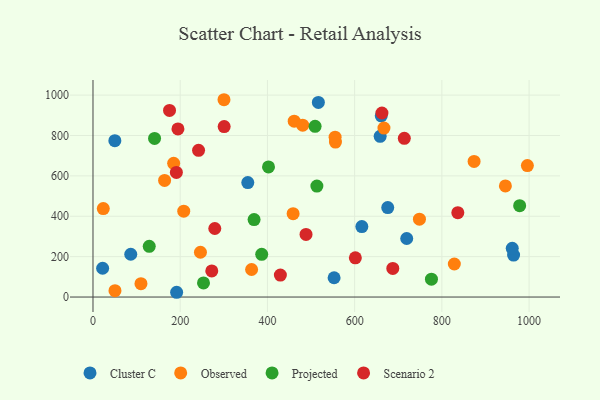
{"axis": {"x": "Distance", "y": "Rating"}, "legend": ["Cluster C", "Observed", "Projected", "Scenario 2"], "data": [{"x": "22.1", "y": 142.6, "type": "Cluster C"}, {"x": "355.0", "y": 567.0, "type": "Cluster C"}, {"x": "552.9", "y": 95.5, "type": "Cluster C"}, {"x": "516.8", "y": 963.6, "type": "Cluster C"}, {"x": "86.6", "y": 211.9, "type": "Cluster C"}, {"x": "675.9", "y": 443.1, "type": "Cluster C"}, {"x": "50.1", "y": 774.3, "type": "Cluster C"}, {"x": "719.4", "y": 289.9, "type": "Cluster C"}, {"x": "616.5", "y": 349.0, "type": "Cluster C"}, {"x": "964.5", "y": 207.6, "type": "Cluster C"}, {"x": "961.4", "y": 241.3, "type": "Cluster C"}, {"x": "658.5", "y": 796.1, "type": "Cluster C"}, {"x": "661.0", "y": 897.5, "type": "Cluster C"}, {"x": "191.8", "y": 23.6, "type": "Cluster C"}, {"x": "461.4", "y": 871.0, "type": "Observed"}, {"x": "458.9", "y": 412.7, "type": "Observed"}, {"x": "480.9", "y": 851.0, "type": "Observed"}, {"x": "185.0", "y": 662.3, "type": "Observed"}, {"x": "110.0", "y": 66.0, "type": "Observed"}, {"x": "246.4", "y": 221.9, "type": "Observed"}, {"x": "828.6", "y": 163.7, "type": "Observed"}, {"x": "363.7", "y": 136.4, "type": "Observed"}, {"x": "208.1", "y": 425.3, "type": "Observed"}, {"x": "873.9", "y": 671.4, "type": "Observed"}, {"x": "556.0", "y": 767.3, "type": "Observed"}, {"x": "667.2", "y": 836.8, "type": "Observed"}, {"x": "23.6", "y": 437.9, "type": "Observed"}, {"x": "164.2", "y": 577.3, "type": "Observed"}, {"x": "555.2", "y": 791.5, "type": "Observed"}, {"x": "945.7", "y": 550.1, "type": "Observed"}, {"x": "748.6", "y": 385.7, "type": "Observed"}, {"x": "50.4", "y": 31.7, "type": "Observed"}, {"x": "300.4", "y": 977.1, "type": "Observed"}, {"x": "996.1", "y": 651.1, "type": "Observed"}, {"x": "129.0", "y": 251.0, "type": "Projected"}, {"x": "776.1", "y": 88.7, "type": "Projected"}, {"x": "402.5", "y": 644.5, "type": "Projected"}, {"x": "369.4", "y": 383.6, "type": "Projected"}, {"x": "253.4", "y": 69.9, "type": "Projected"}, {"x": "509.3", "y": 845.2, "type": "Projected"}, {"x": "386.9", "y": 211.6, "type": "Projected"}, {"x": "978.4", "y": 452.4, "type": "Projected"}, {"x": "141.2", "y": 785.5, "type": "Projected"}, {"x": "513.4", "y": 549.3, "type": "Projected"}, {"x": "242.1", "y": 726.6, "type": "Scenario 2"}, {"x": "429.7", "y": 108.8, "type": "Scenario 2"}, {"x": "713.9", "y": 786.0, "type": "Scenario 2"}, {"x": "279.3", "y": 339.3, "type": "Scenario 2"}, {"x": "194.8", "y": 832.5, "type": "Scenario 2"}, {"x": "488.5", "y": 310.1, "type": "Scenario 2"}, {"x": "175.5", "y": 923.9, "type": "Scenario 2"}, {"x": "836.6", "y": 417.9, "type": "Scenario 2"}, {"x": "191.2", "y": 617.2, "type": "Scenario 2"}, {"x": "662.6", "y": 911.3, "type": "Scenario 2"}, {"x": "687.5", "y": 141.9, "type": "Scenario 2"}, {"x": "601.6", "y": 194.0, "type": "Scenario 2"}, {"x": "272.4", "y": 129.2, "type": "Scenario 2"}, {"x": "300.8", "y": 843.9, "type": "Scenario 2"}]}